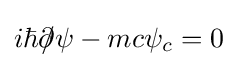
i\hbar \partial \!\!\!/\psi -mc\psi _{c}=0